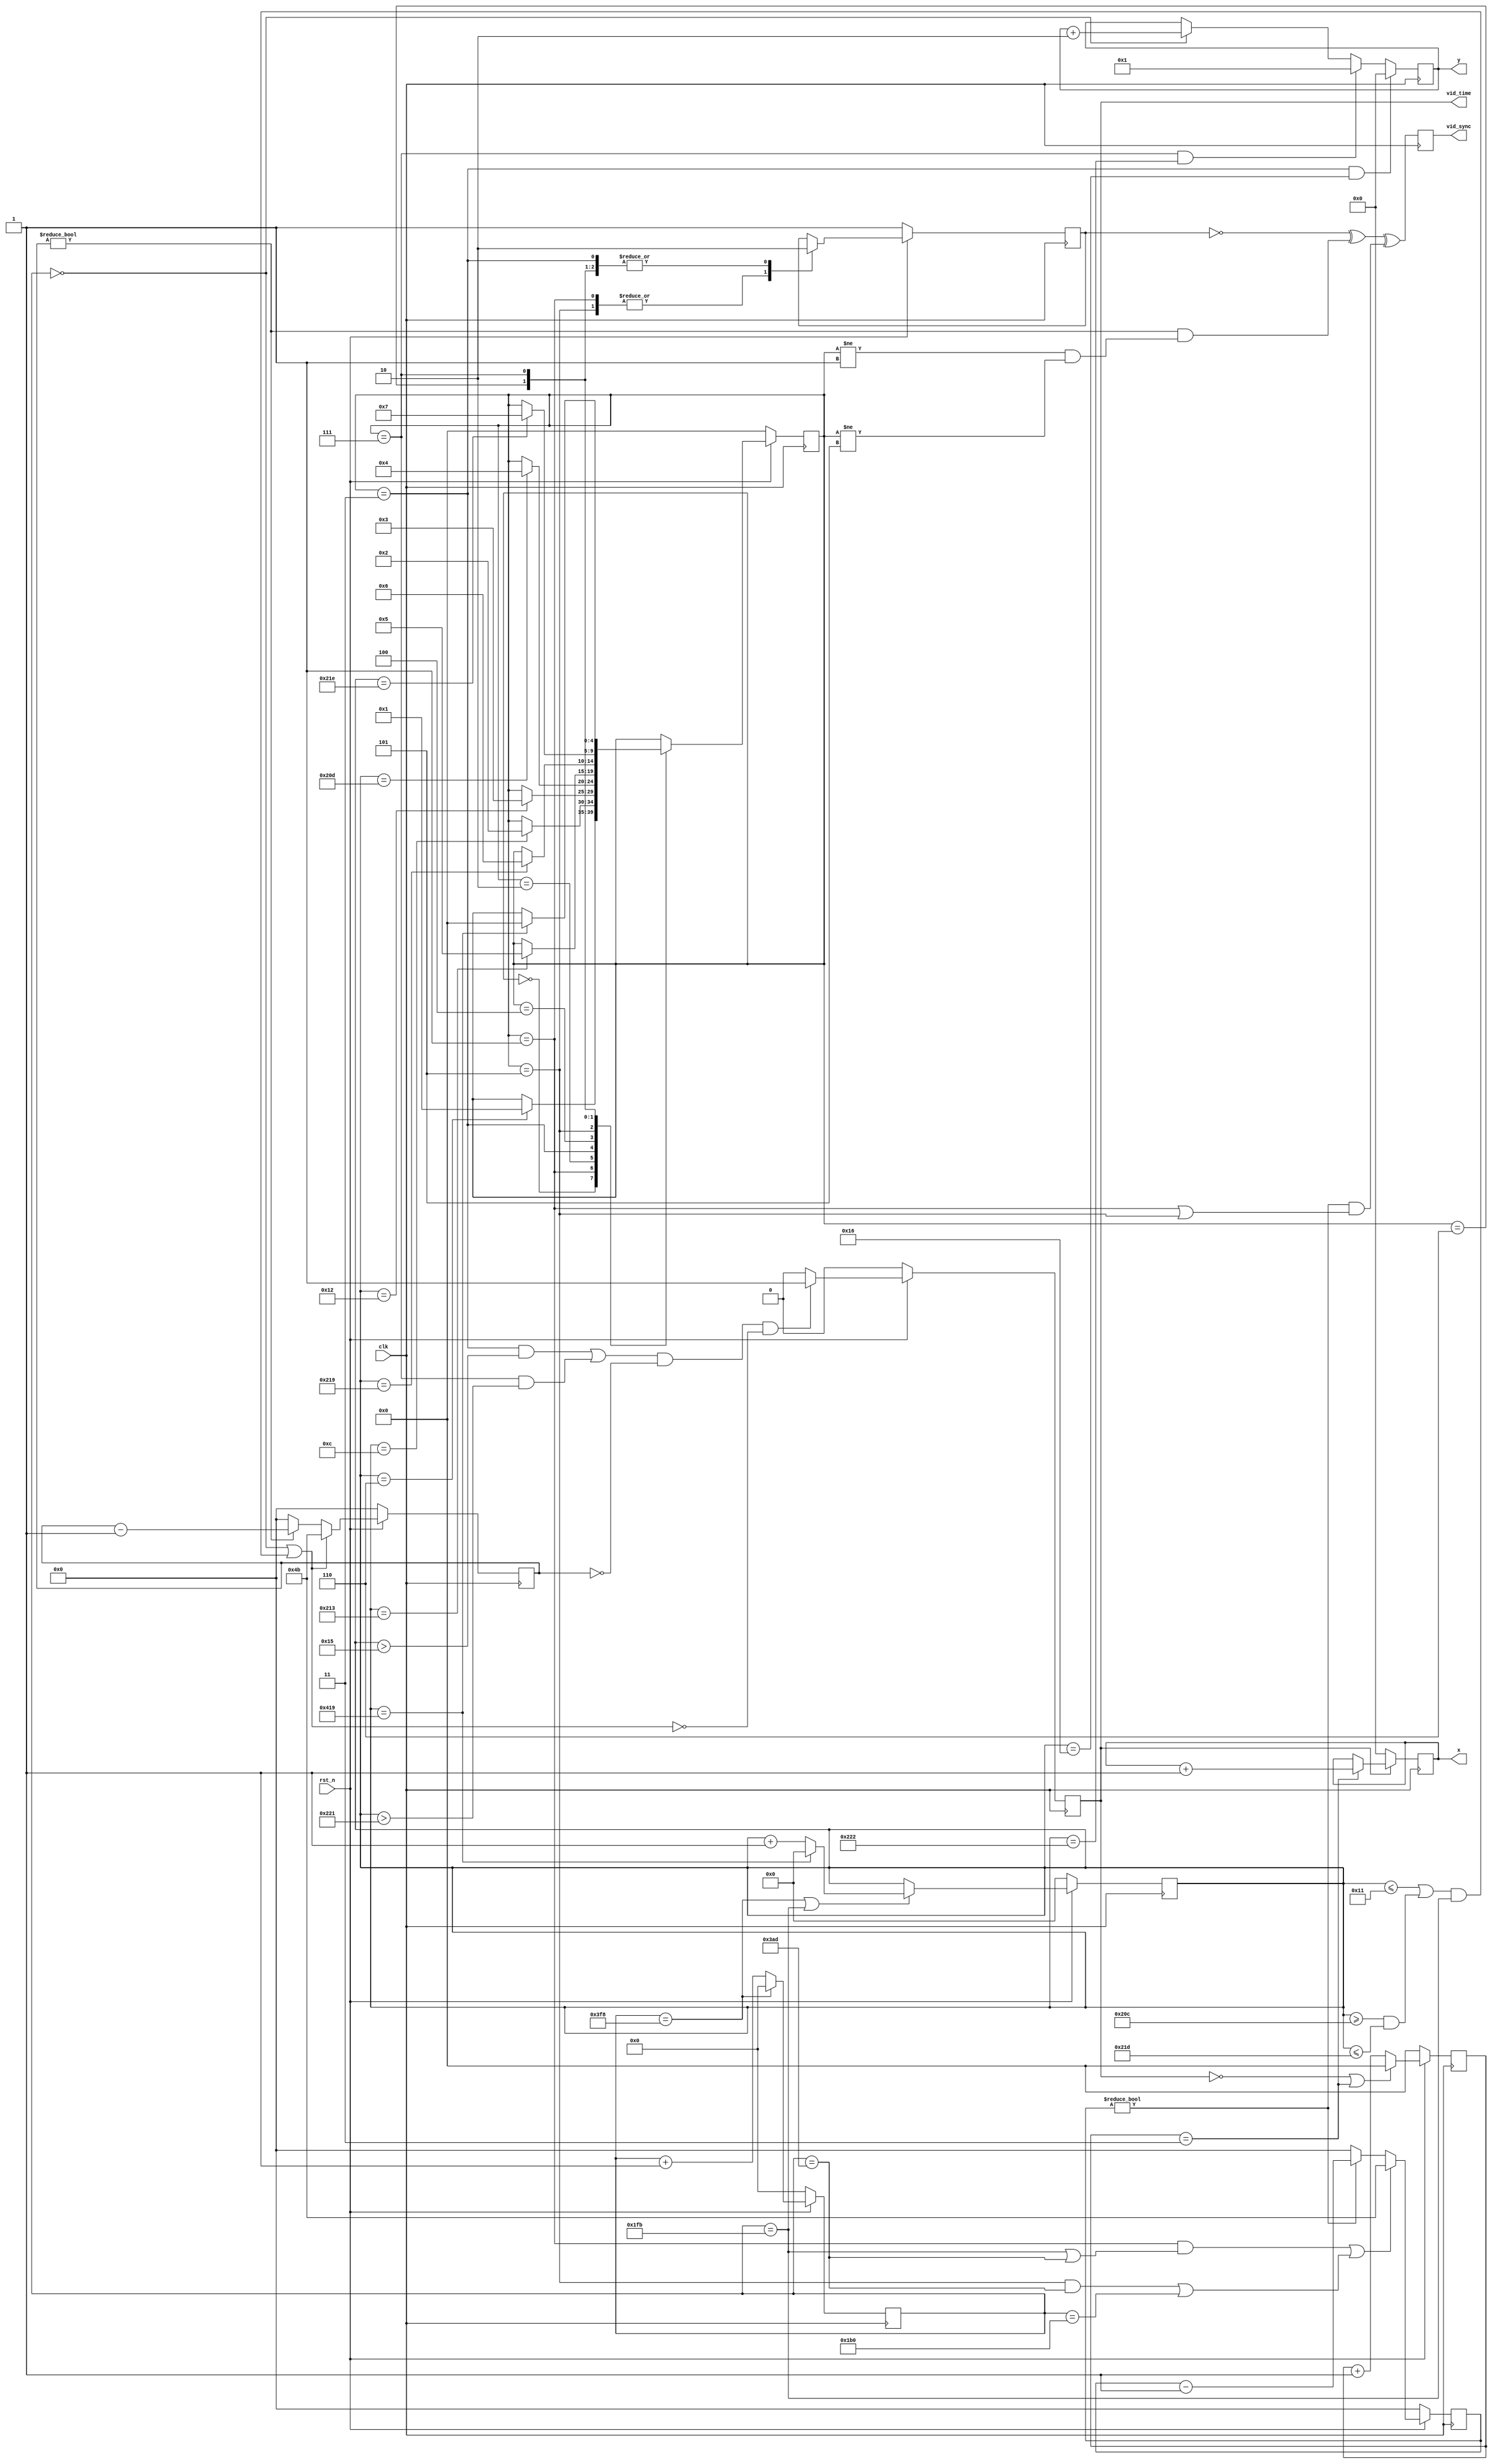
module vid_timer16(clk,
                 rst_n,
                 vid_sync,
                 vid_time,
                 x,
                 y
                 );

input           clk;
input           rst_n;
output reg      vid_sync;
output          vid_time;
output reg[8:0] x;
output reg[8:0] y;

//50Mhz
//parameter FULL_TIMER = 3174;
//parameter HALF_TIMER = 1587;
//parameter TIMEA    = 3174-235;
//parameter TIMEB    = 1587-235;

//16Mhz 
parameter FULL_TIMER = 1016;
parameter HALF_TIMER = 507;
parameter TIMEA    = 1016-75;
parameter TIMEB    = 507-75;


reg[10:0] sf_cnt;
reg[11:0] timer;
wire      hs_time;
wire      hs1_time;
reg[7:0]  h_pulse;
reg[7:0]  h1_pulse;
reg[4:0]  state;
reg       hs;
reg       vid_time;
reg[4:0]  x_timer;

always @(posedge clk) begin
  vid_sync <= (~hs) ^ (h_pulse!=0 && (state != 1 && state!=5)) ^ (h1_pulse!=0 && (state==1 || state==5 ));
end

always @(posedge clk) begin
   if(rst_n==0) begin
      sf_cnt  <= 0;
   end else begin
      //if(timer==3174 || timer==1587) begin
      if(timer==FULL_TIMER || timer==HALF_TIMER) begin
        sf_cnt <= (sf_cnt==1049) ? 11'h0 : sf_cnt+11'h1;  //was 625
      end
   end
end


//assign hs_time =  (timer==0 || (( sf_cnt<=17 || (sf_cnt>=524 && sf_cnt<=541 )) && timer==1587) );
//assign hs1_time = (state==1  && (timer==1587 || timer==(3174-235)) ) ||
//                  (state==5  && (timer==(3174-235)) || (timer==(1587-235)) );

assign hs_time =  (timer==0 || (( sf_cnt<=17 || (sf_cnt>=524 && sf_cnt<=541 )) && timer==HALF_TIMER) );
assign hs1_time = (state==1  && (timer==HALF_TIMER || timer==TIMEA) ) ||
                  (state==5  && (timer==TIMEA) || (timer==TIMEB) );

always @(posedge clk) begin
   if(rst_n==0) begin
      hs <= 1;
      state <= 0; 
   end else begin
      case( state) 
        5'h0:  begin  //hs_pre_a
                 hs <= 0;
                 if(sf_cnt== 6) state <= 5'h1;  //hsync time
               end
        5'h1:  begin  //hs_a
                 hs <= 1;
                 if(sf_cnt== 12) state <= 5'h2;  //hsync time
               end
        5'h2:  begin  //hs_post_a
                 hs <= 0;
                 if(sf_cnt== 18) state <= 5'h3;  //hsync time
               end
        5'h3:  begin  //vert
                 hs <= 0;
                 //if(sf_cnt== 524) state <= 5'h4;  //hsync time
                 if(sf_cnt== 525) state <= 5'h4;  //hsync time
               end
        5'h4:  begin  //hs_pre_b
                 hs <= 0;
                 if(sf_cnt== 531) state <= 5'h5;  //hsync time
               end
        5'h5:  begin  //hs_b
                 hs <= 1;
                 if(sf_cnt== 537) state <= 5'h6;  //hsync time
               end
        5'h6:  begin  //hs_post_a
                 hs <= 0;
                 if(sf_cnt== 542) state <= 5'h7;  //hsync time
               end
        5'h7:  begin  //vert
                 hs <= 0;
                 if(sf_cnt== 1049) state <= 5'h0;  //hsync time
               end
      endcase
   end
end



always @(posedge clk) begin
  if(rst_n==0) begin
     vid_time    <= 0;
     x_timer     <= 5'h0;
  
  end else begin
     vid_time    <= (((state==3 && sf_cnt>21)  || (state==7 && sf_cnt>545)) && h_pulse==0 && hs_time==0 ) ? 1'b1 : 1'b0;
     
     x_timer <= (vid_time ==1'b0 || x_timer==3) ? 5'h0 :  x_timer+1 ;
  end
end

always @(posedge clk) begin
  x <= (vid_time ==1'b0) ? 9'h000 : x_timer==3 ? x+1 : x;
end

always @(posedge clk) begin
  y <= (state==3 && sf_cnt==22) ? 8'h00 : (state==7 && sf_cnt==546) ? 9'h001 : (timer==0) ? y+9'h002 : y;
end

 

always @(posedge clk) begin
  if(rst_n==0) begin
    h_pulse  <= 8'h0;
    h1_pulse <= 8'h0;
  end else begin
    h_pulse  <= (hs_time ==1'b1 ) ? 75 : (h_pulse  !=0) ? h_pulse  -1 : 0;
    h1_pulse <= (hs1_time==1'b1 ) ? 75 : (h1_pulse !=0) ? h1_pulse -1 : 0;
  end
end

always @(posedge clk) begin
 if(rst_n==0) begin
   timer <= 12'h0;
 end else begin
   //timer <= (timer==3174) ? 12'h0 : timer+12'h001;
   timer <= (timer==FULL_TIMER) ? 12'h0 : timer+12'h001;
 end
end


endmodule